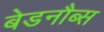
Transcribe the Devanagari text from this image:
बेडनौब्स